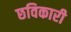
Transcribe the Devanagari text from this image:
छविकारी